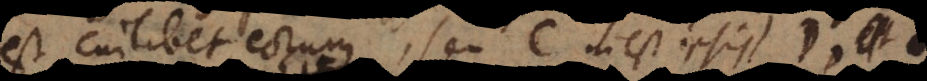
inest cuilibet eorum, seu C inest ipsis D, E